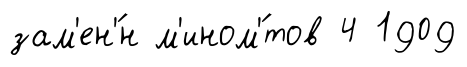
зам'ен'́н м'ином'́тов 4 1909